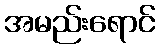
အမည်းရောင်